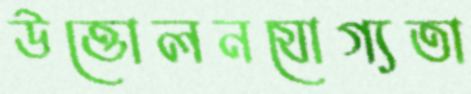
উত্তোলনযোগ্যতা